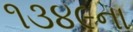
૧૩૪૯ના